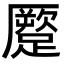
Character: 蹷